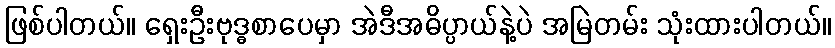
ဖြစ်ပါတယ်။ ရှေးဦးဗုဒ္ဓစာပေမှာ အဲဒီအဓိပ္ပာယ်နဲ့ပဲ အမြဲတမ်း သုံးထားပါတယ်။